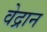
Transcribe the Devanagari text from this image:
वेद्रान